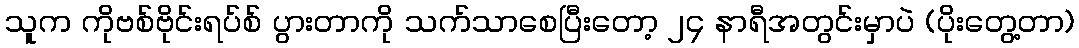
သူက ကိုဗစ်ဗိုင်းရပ်စ် ပွားတာကို သက်သာစေပြီးတော့ ၂၄ နာရီအတွင်းမှာပဲ (ပိုးတွေ့တာ)